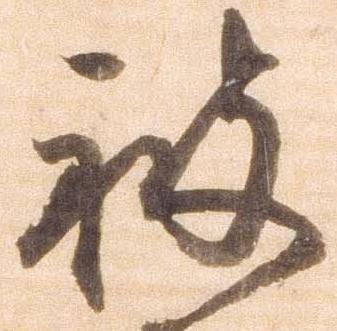
被